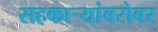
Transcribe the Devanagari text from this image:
सहकाऱ्यांबरोबर